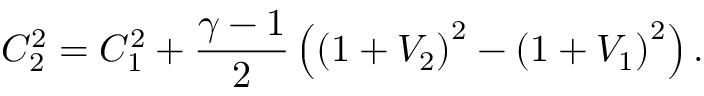
C _ { 2 } ^ { 2 } = C _ { 1 } ^ { 2 } + \frac { \gamma - 1 } { 2 } \left( \left( 1 + V _ { 2 } \right) ^ { 2 } - \left( 1 + V _ { 1 } \right) ^ { 2 } \right) .